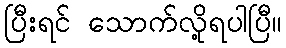
ပြီးရင် သောက်လို့ရပါပြီ။